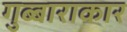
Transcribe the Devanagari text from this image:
गुब्बाराकार